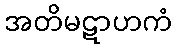
အတိမဋာဟကံ